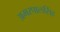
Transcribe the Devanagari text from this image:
अमरपालसिंह